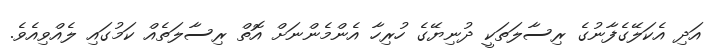
އަދި އެކަލޭގެފާނުގެ ރިސާލަތަކީ ދުނިޔޭގެ ހުރިހާ އެންމެންނަށް އޮތް ރިސާލަތެއް ކަމުގައި ލެއްވިއެވެ.